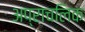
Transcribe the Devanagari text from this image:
अप्राचलिक